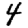
Digit: 4